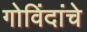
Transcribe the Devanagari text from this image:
गोविंदांचे